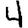
Digit: 4